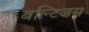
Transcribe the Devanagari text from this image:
बल्टिजस